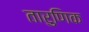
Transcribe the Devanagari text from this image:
तारुणिक